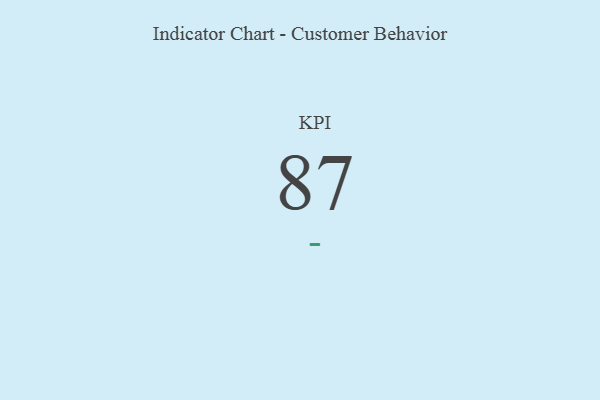
{"axis": {"x": "KPI", "y": "Value"}, "legend": [""], "data": [{"x": "KPI", "y": 87, "type": ""}]}